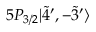
5 P _ { 3 / 2 } | \Tilde { 4 } ^ { \prime } , - \Tilde { 3 } ^ { \prime } \rangle